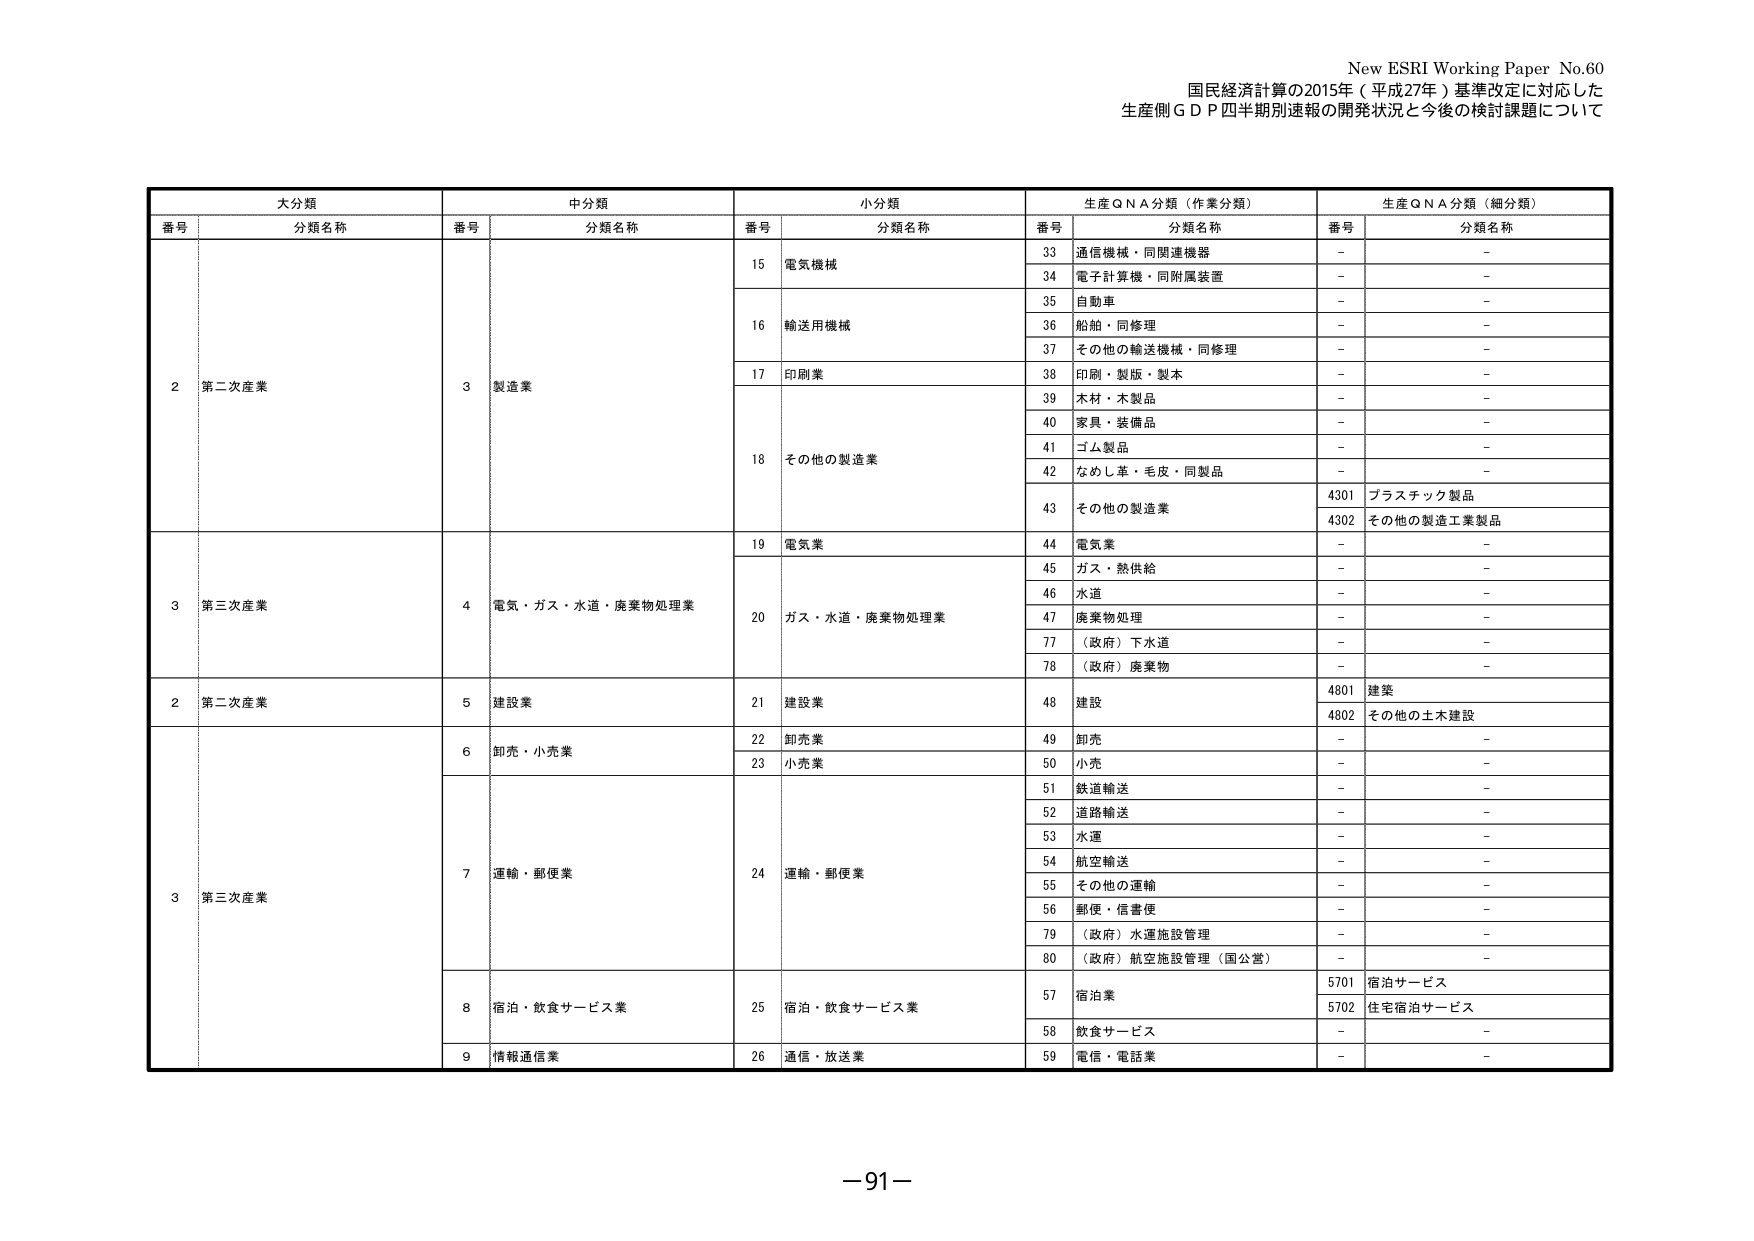
New ESRI Working Paper No.60
国民経済計算の2015年（平成27年）基準改定に対応した
生産側ＧＤＰ四半期別速報の開発状況と今後の検討課題について

大分類
番号 分類名称

中分類
番号 分類名称

小分類
番号 分類名称

生産ＱＮＡ分類（作業分類）
番号 分類名称

生産ＱＮＡ分類（細分類）
番号 分類名称

2 第二次産業
3 製造業
15 電気機械
33 通信機械・同関連機器
－ －
34 電子計算機・同附属装置
－ －
16 輸送用機械
35 自動車
－ －
36 船舶・同修理
－ －
37 その他の輸送機械・同修理
－ －
17 印刷業
38 印刷・製版・製本
－ －
18 その他の製造業
39 木材・木製品
－ －
40 家具・装備品
－ －
41 ゴム製品
－ －
42 なめし革・毛皮・同製品
－ －
43 その他の製造業
4301 プラスチック製品
4302 その他の製造工業製品

3 第三次産業
4 電気・ガス・水道・廃棄物処理業
19 電気業
44 電気業
－ －
20 ガス・水道・廃棄物処理業
45 ガス・熱供給
－ －
46 水道
－ －
47 廃棄物処理
－ －
77 （政府）下水道
－ －
78 （政府）廃棄物
－ －

2 第二次産業
5 建設業
21 建設業
48 建設
4801 建築
4802 その他の土木建設

3 第三次産業
6 卸売・小売業
22 卸売業
49 卸売
－ －
23 小売業
50 小売
－ －
7 運輸・郵便業
24 運輸・郵便業
51 鉄道輸送
－ －
52 道路輸送
－ －
53 水運
－ －
54 航空輸送
－ －
55 その他の運輸
－ －
56 郵便・信書便
－ －
79 （政府）水運施設管理
－ －
80 （政府）航空施設管理（国公営）
－ －
8 宿泊・飲食サービス業
25 宿泊・飲食サービス業
57 宿泊業
5701 宿泊サービス
5702 住宅宿泊サービス
58 飲食サービス
－ －
9 情報通信業
26 通信・放送業
59 電信・電話業
－ －

－91－